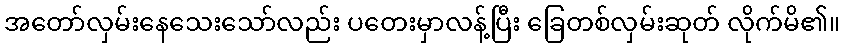
အတော်လှမ်းနေသေးသော်လည်း ပတေးမှာလန့်ပြီး ခြေတစ်လှမ်းဆုတ် လိုက်မိ၏။